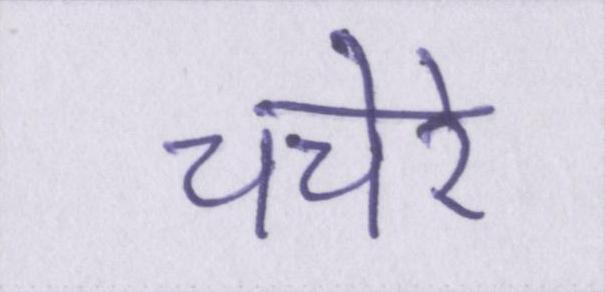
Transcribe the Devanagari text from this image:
चचेरे